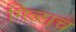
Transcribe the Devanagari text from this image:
मिळाच